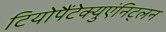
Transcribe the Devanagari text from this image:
टियोपैंटेक्युएंनिट्लन